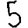
Digit: 5